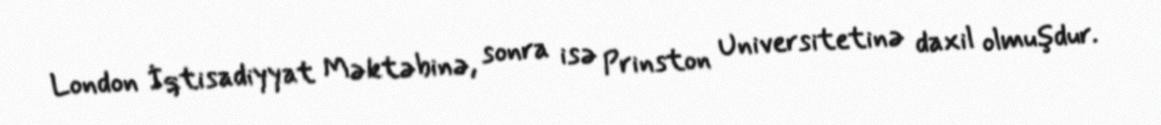
London İqtisadiyyat Məktəbinə, sonra isə Prinston Universitetinə daxil olmuşdur.